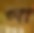
গা